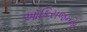
ઑકિસજનનો